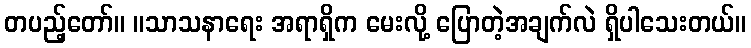
တပည့်တော်။ ။သာသနာရေး အရာရှိက မေးလို့ ပြောတဲ့အချက်လဲ ရှိပါသေးတယ်။